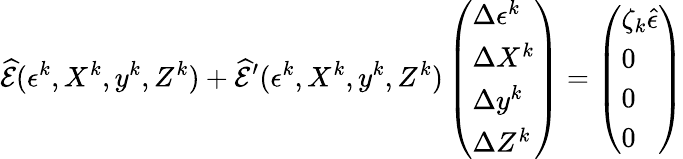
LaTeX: \widehat{\mathcal{E}}(\epsilon^{k},X^{k},y^{k},Z^{k})+\widehat{\mathcal{E}}^{\prime}(\epsilon^{k},X^{k},y^{k},Z^{k})\left(\begin{array}{l}{\Delta\epsilon^{k}}\\ {\Delta X^{k}}\\ {\Delta y^{k}}\\ {\Delta Z^{k}}\end{array}\right)=\left(\begin{array}{l}{\zeta_{k}\hat{\epsilon}}\\ {0}\\ {0}\\ {0}\end{array}\right)